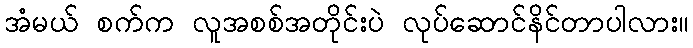
အံမယ် စက်က လူအစစ်အတိုင်းပဲ လုပ်ဆောင်နိင်တာပါလား။